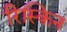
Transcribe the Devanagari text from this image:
रिस्किन